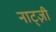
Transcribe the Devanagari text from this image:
नाट्ज़ी